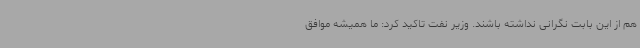
هم از این بابت نگرانی نداشته باشند. وزیر نفت تاکید کرد: ما همیشه موافق